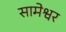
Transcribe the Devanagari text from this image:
सामेश्वर